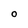
Character: O